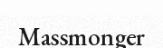
Massmonger